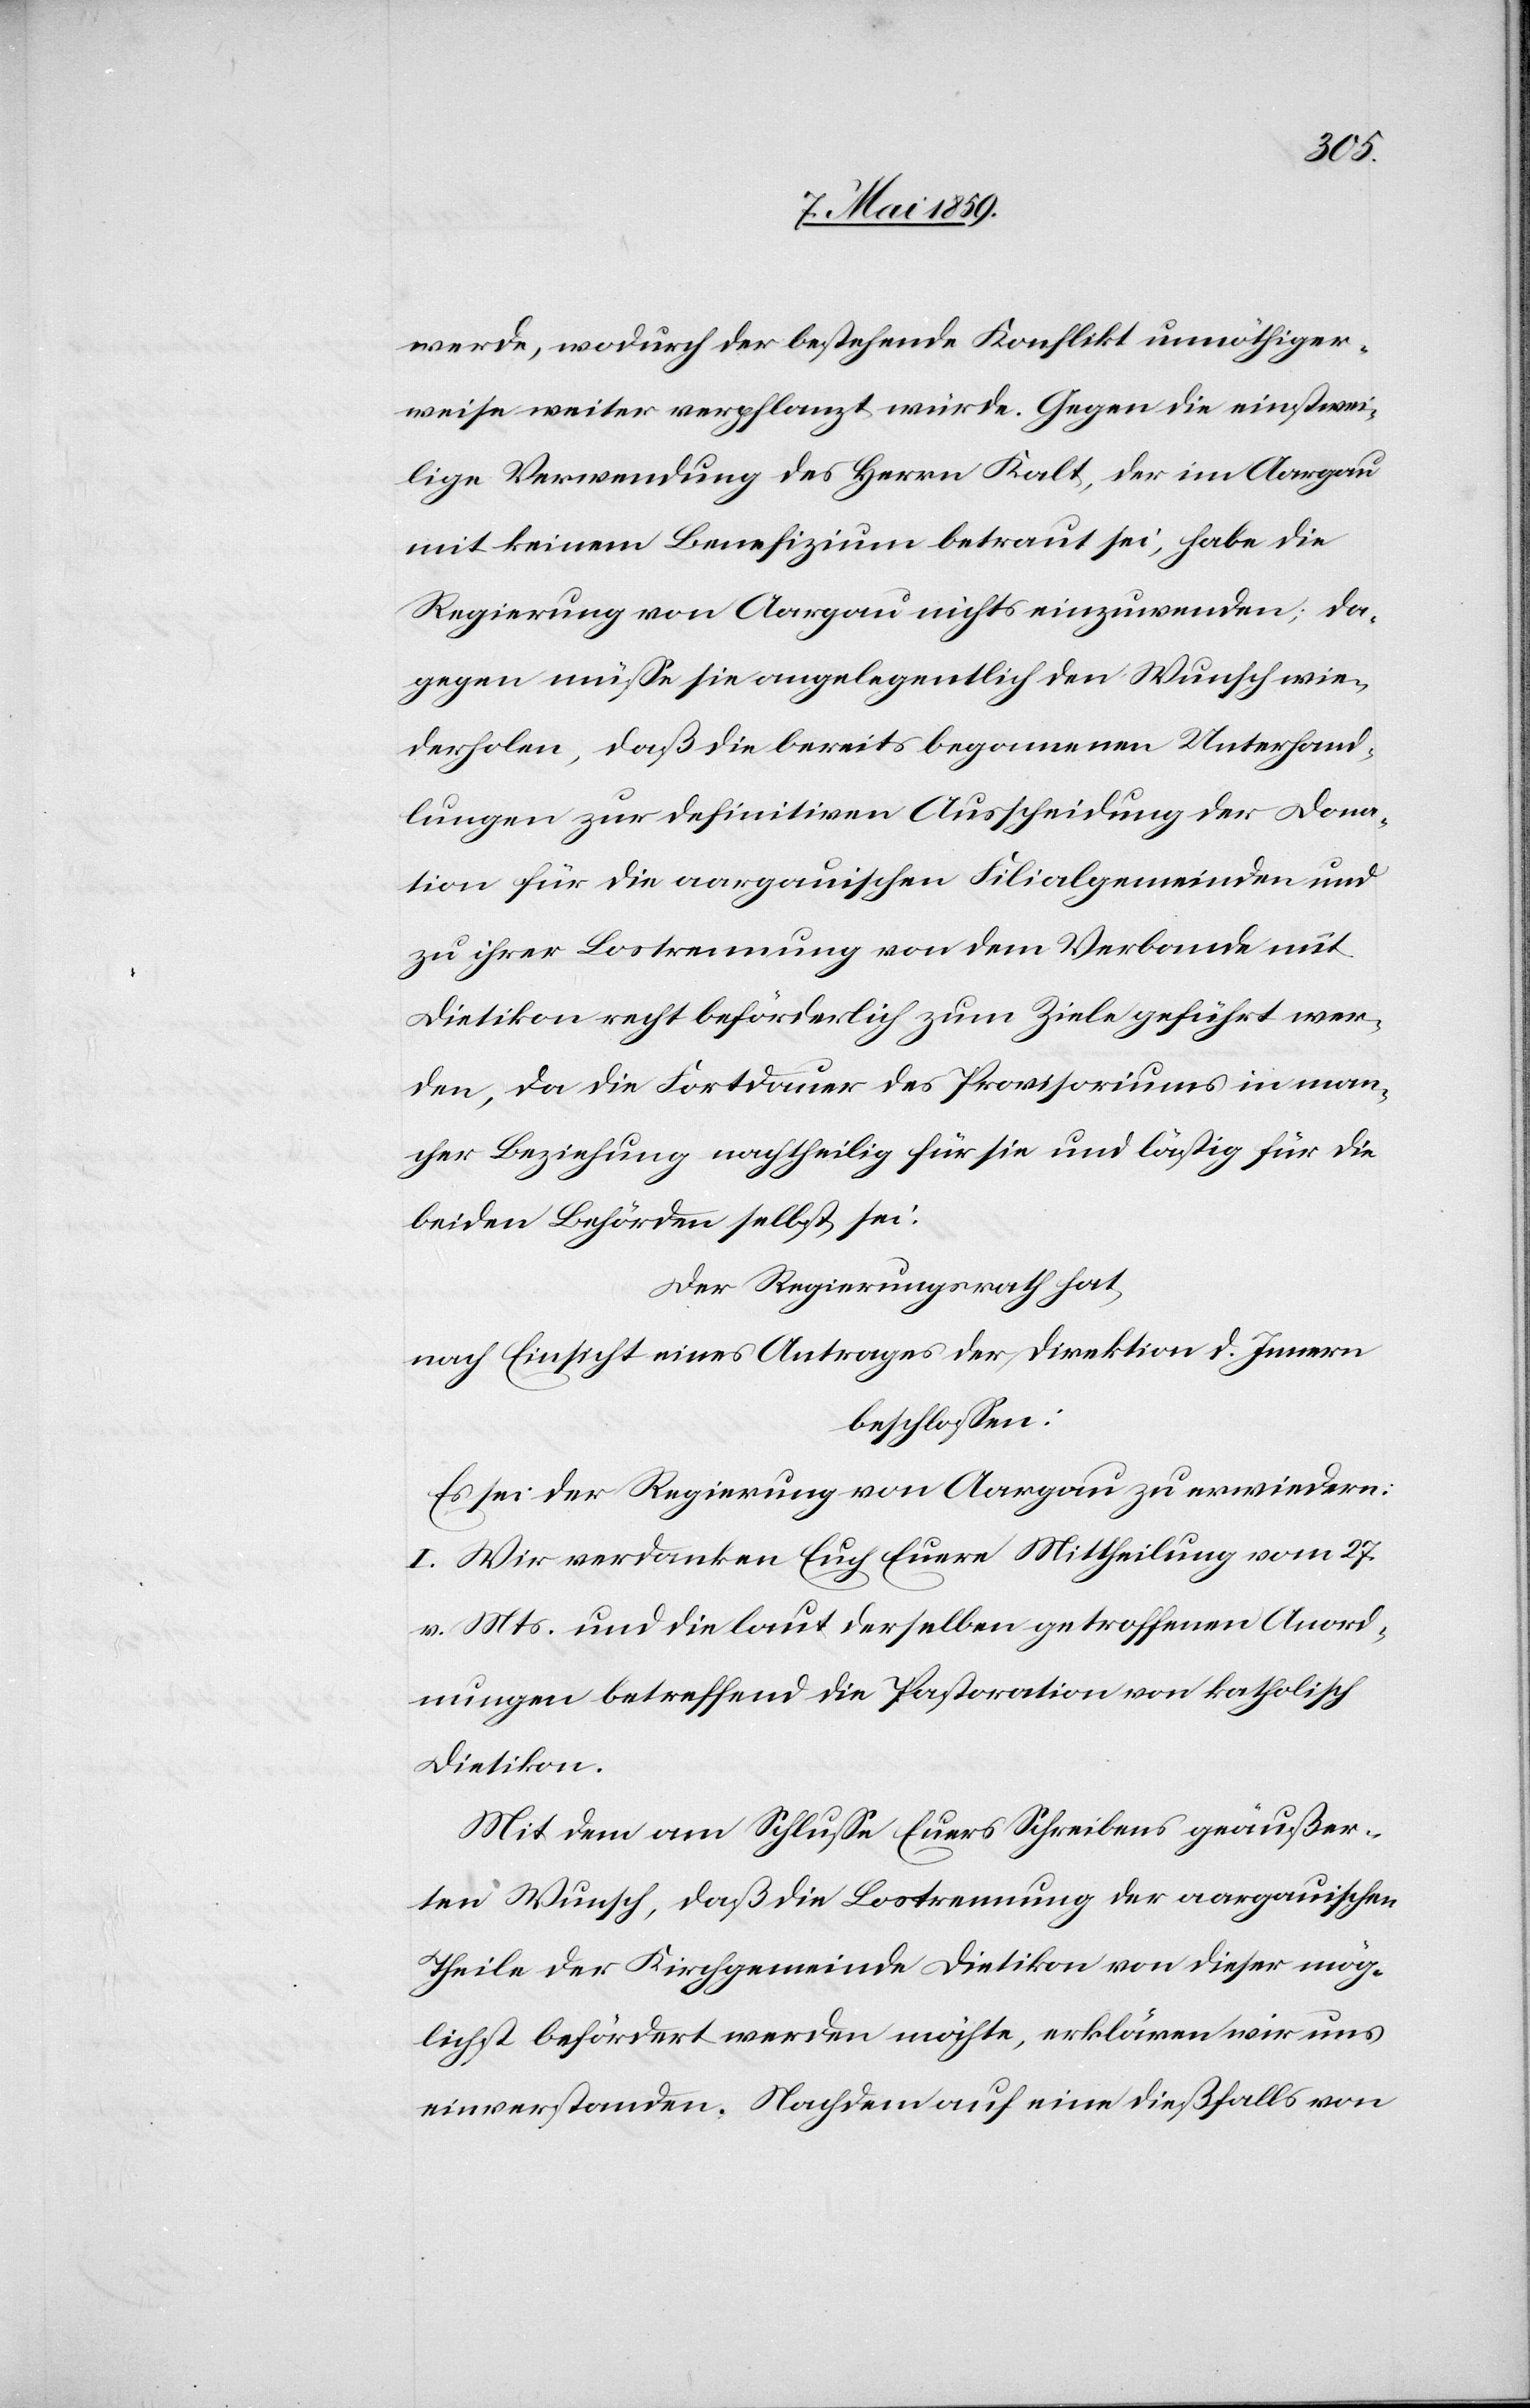
werde, wodurch der bestehende Konflikt unnöthiger¬
weise weiter verpflanzt würde. Gegen die einstwei¬
lige Verwendung des Herrn Kalt, der im Aargau
mit keinem Benefizium betraut sei, habe die
Regierung von Aargau nichts einzuwenden; da¬
gegen müße sie angelegentlich den Wunsch wie¬
derholen, daß die bereits begonnenen Unterhand¬
lungen zur definiven Ausscheidung der Dona¬
tion für die aargauischen Filialgemeinden und
zu ihrer Lostrennung von dem Verbande mit
Dietikon recht beförderlich zum Ziele geführt wer¬
den, da die Fortdauer des Provisoriums in man¬
cher Beziehung nachtheilig für sie und lästig für die
beiden Behörden selbst sei:
Der Regierungsrath hat,
nach Einsicht eines Antrages der Direktion d. Innern
beschloßen:
Es sei der Regierung von Aargau zu erwiedern:
I. Wir verdanken Euch Euere Mittheilung vom 27.
v. Mts. und die laut derselben getroffenen Anord¬
nungen betreffend die Pastoration von katholisch
Dietikon.
Mit dem am Schluße Euers Schreibens geäußer¬
ten Wunsch, daß die Lostrennung der aargauischen
Theile der Kirchgemeinde Dietikon von dieser mög¬
lichst befördert werden möchte, erklären wir uns
einverstanden. Nachdem auf eine dießfalls von